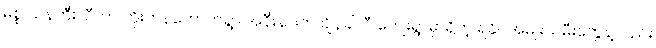
မစ္စ ယန်ဟီးလီဟာ ကိုးတန်ကောက်ရွာ အနီးနားက ချိန်ခါလီ ကျေးရွာမှာရှိတဲ့ ရခိုင်အမျိုးသမီးတွေနဲ့လည်း